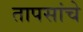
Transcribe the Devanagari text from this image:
तापसांचे